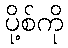
ပို့စ်ကို